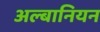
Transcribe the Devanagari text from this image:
अल्बानियन